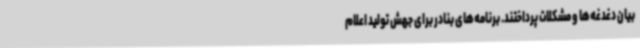
بیان دغدغه‌ها و مشکلات پرداختند. برنامه‌های بنادر برای جهش تولید اعلام